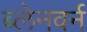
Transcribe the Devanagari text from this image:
ब्लेनवर्न